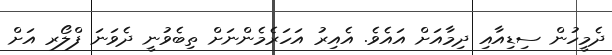
ދެމީހުން ސިޑިއާއި ދިމާއަށް އައެވެ. އެއިރު އަހަރެމެންނަށް ތިބެވުނީ ދެވަނަ ފްލޯރ އަށް